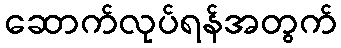
ဆောက်လုပ်ရန်အတွက်